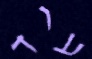
עוד